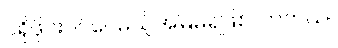
ပရိုဖိုင်းဝင်ပေမယ့်အမြဲမရဖြစ်လာတယ်။